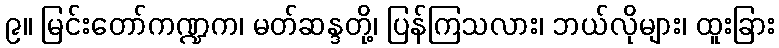
၉။ မြင်းတော်ကဏ္ဍက၊ မတ်ဆန္ဒတို့၊ ပြန်ကြသလား၊ ဘယ်လိုများ၊ ထူးခြား